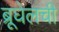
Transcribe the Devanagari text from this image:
ब्रूघेलची